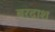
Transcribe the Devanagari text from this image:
बरदाश